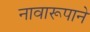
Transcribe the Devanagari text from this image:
नावारूपाने